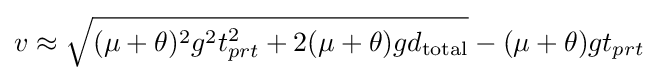
v\approx {\sqrt {(\mu +\theta )^{2}g^{2}t_{prt}^{2}+2(\mu +\theta )gd_{\text{total}}}}-(\mu +\theta )gt_{prt}